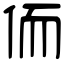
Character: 侕